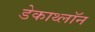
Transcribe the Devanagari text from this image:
डेकाथ्लॉन